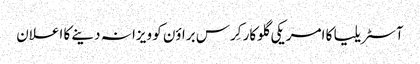
آ‎سٹریلیا کا امریکی گلوکار کِرس براؤن کو ویزا نہ دینے کا اعلان